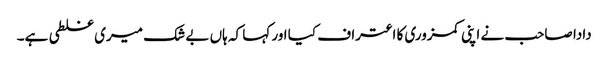
دادا صاحب نے اپنی کمزوری کا اعتراف کیا اور کہا کہ ہاں بے شک میری غلطی ہے۔